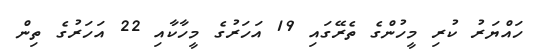
ހައްޔަރު ކުރި މީހުންގެ ތެރޭގައި 19 އަހަރުގެ މީހާކާއި 22 އަހަރުގެ ތިން